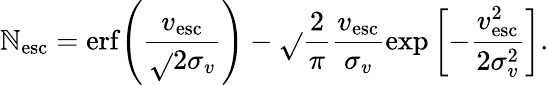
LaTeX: \mathbb{N}_{\mathrm{{esc}}}=\mathrm{{erf}}\! \left(\frac{{v_{\mathrm{{esc}}}}}{{\sqrt{}{{2}}\sigma_{v}}}\right)-\sqrt{}{{\frac{{2}}{{\pi}}}}\frac{{v_{\mathrm{{esc}}}}}{{\sigma_{v}}}\exp\left[{-\frac{{v_{\mathrm{{esc}}}^{2}}}{{2\sigma_{v}^{2}}}}\right].